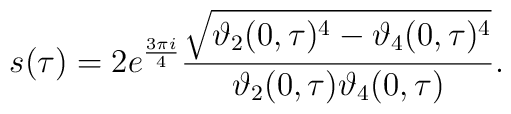
s ( \tau )  =  2 e^{\frac{3 \pi i}{4}} \frac{\sqrt{\vartheta_2 (0 , \tau )^4 - \vartheta_4 (0 , \tau )^4} }{\vartheta_2 (0 , \tau )\vartheta_4 (0 , \tau )} .